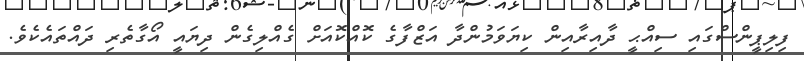
ފިލިޕީންސްގައި ސިއްޙީ ދާއިރާއިން ކިޔަވަމުންދާ އަޒްފާގެ ކޮއްކޮއަށް ގެއްލިގެން ދިޔައީ އޯގާތެރި ދައްތައެކެވެ.